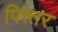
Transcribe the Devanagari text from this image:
पित्त्तर